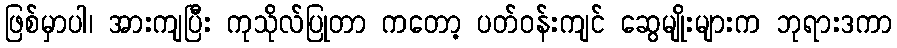
ဖြစ်မှာပါ၊ အားကျပြီး ကုသိုလ်ပြုတာ ကတော့ ပတ်ဝန်းကျင် ဆွေမျိုးများက ဘုရားဒကာ